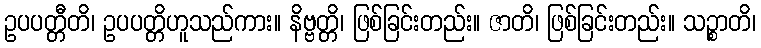
ဥပပတ္တီတိ၊ ဥပပတ္တိဟူသည်ကား။ နိဗ္ဗတ္တိ၊ ဖြစ်ခြင်းတည်း။ ဇာတိ၊ ဖြစ်ခြင်းတည်း။ သဉ္စာတိ၊